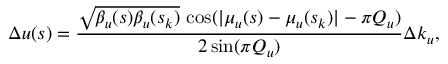
\Delta u ( s ) = \frac { \sqrt { \beta _ { u } ( s ) \beta _ { u } ( s _ { k } ) } \, \cos ( \lvert \mu _ { u } ( s ) - \mu _ { u } ( s _ { k } ) \rvert - \pi Q _ { u } ) } { 2 \sin ( \pi Q _ { u } ) } \Delta { k _ { u } } ,